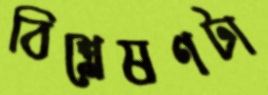
বিশ্লেষণটা